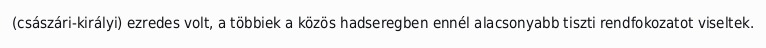
(császári-királyi) ezredes volt, a többiek a közös hadseregben ennél alacsonyabb tiszti rendfokozatot viseltek.